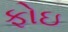
ફોઇ